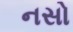
નસો